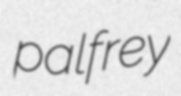
palfrey